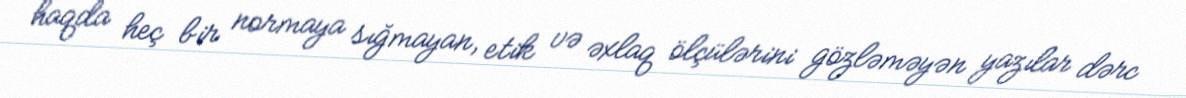
haqda heç bir normaya sığmayan, etik və əxlaq ölçülərini gözləməyən yazılar dərc